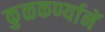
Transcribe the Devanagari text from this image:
कुळकर्ण्यानें